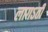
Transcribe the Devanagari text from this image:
लागऽती